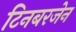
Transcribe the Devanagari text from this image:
टिनबरजेन